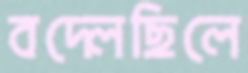
বদ্‌লেছিলে